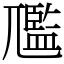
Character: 尶